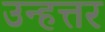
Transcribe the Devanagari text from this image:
उन्हत्तर